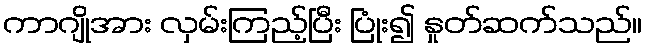
ကာဂျိုအား လှမ်းကြည့်ပြီး ပြုံး၍ နှုတ်ဆက်သည်။